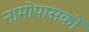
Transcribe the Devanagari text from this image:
नामोपासकों